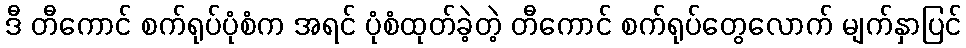
ဒီ တီကောင် စက်ရုပ်ပုံစံက အရင် ပုံစံထုတ်ခဲ့တဲ့ တီကောင် စက်ရုပ်တွေလောက် မျက်နှာပြင်